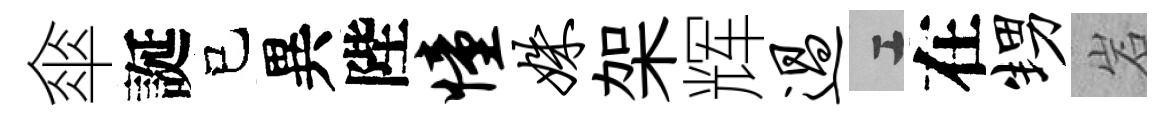
傘誕己異陛憧姝架辉过工在甥岩